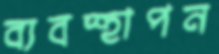
ব্যবস্হাপন